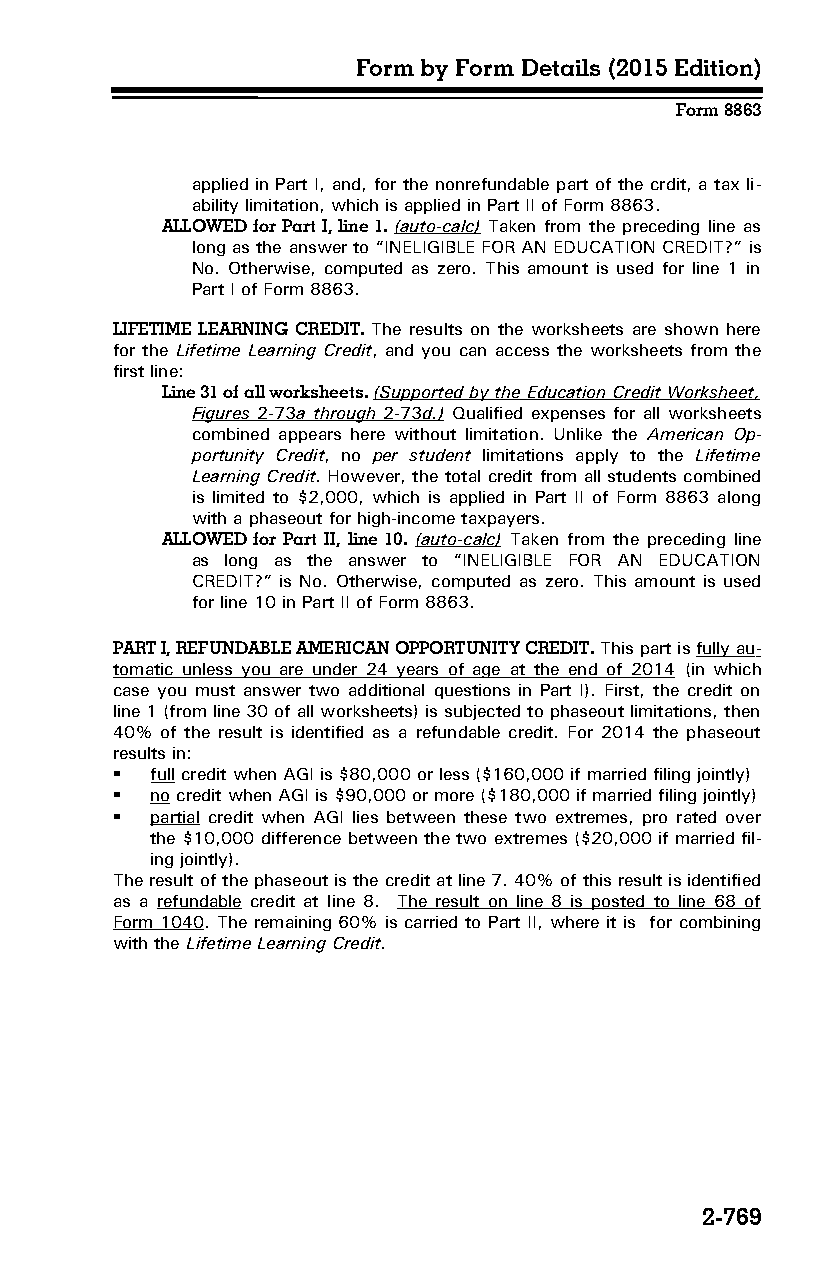
Form by Form Details (2015 Edition)
 Form 8863
 applied in Part I, and, for the nonrefundable part of the crdit, a tax li­
 ability limitation, which is applied in Part II of Form 8863.
 ALLOWED for Part I, line 1. (auto-calc) Taken from the preceding line as
 long as the answer to “INELIGIBLE FOR AN EDUCATION CREDIT?” is
 No. Otherwise, computed as zero. This amount is used for line 1 in
 Part I of Form 8863.
 LIFETIME LEARNING CREDIT. The results on the worksheets are shown here
 for the Lifetime Learning Credit, and you can access the worksheets from the
 first line:
 Line 31 of all worksheets. (Supported by the Education Credit Worksheet,
 Figures 2-73 a through 2-73 d.) Qualified expenses for all worksheets
 combined appears here without limitation. Unlike the American Op­
 portunity Credit, no per student limitations apply to the Lifetime
 Learning Credit. However, the total credit from all students combined
 is limited to $2,000, which is applied in Part II of Form 8863 along
 with a phaseout for high-income taxpayers.
 ALLOWED for Part II, line 10. (auto-calc) Taken from the preceding line
 as long as the answer to “INELIGIBLE FOR AN EDUCATION
 CREDIT?” is No. Otherwise, computed as zero. This amount is used
 for line 10 in Part II of Form 8863.
 PART I, REFUNDABLE AMERICAN OPPORTUNITY CREDIT. This part is fully au­
 tomatic unless you are under 24 years of age at the end of 2014 (in which
 case you must answer two additional questions in Part I). First, the credit on
 line 1 (from line 30 of all worksheets) is subjected to phaseout limitations, then
 40% of the result is identified as a refundable credit. For 2014 the phaseout
 results in:
   full credit when AGI is $80,000 or less ($160,000 if married filing jointly)
   no credit when AGI is $90,000 or more ($180,000 if married filing jointly)
   partial credit when AGI lies between these two extremes, pro rated over
 the $10,000 difference between the two extremes ($20,000 if married fil­
 ing jointly).
 The result of the phaseout is the credit at line 7. 40% of this result is identified
 as a refundable credit at line 8. The result on line 8 is posted to line 68 of
 Form 1040. The remaining 60% is carried to Part II, where it is for combining
 with the Lifetime Learning Credit.
 2-769